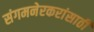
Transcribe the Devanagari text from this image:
संगमनेरकरांसाठी